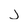
Character: j